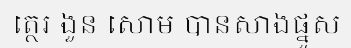
ត្ថេរ ងួន សោម បានសាងផ្នួស